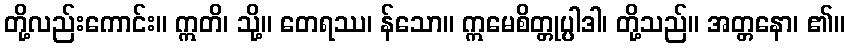
တို့လည်းကောင်း။ ဣတိ၊ သို့။ တေရဿ၊ န်သော။ ဣမေစိတ္တုပ္ပါဒါ၊ တို့သည်။ အတ္တနော၊ ၏။